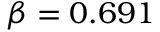
\beta = 0 . 6 9 1